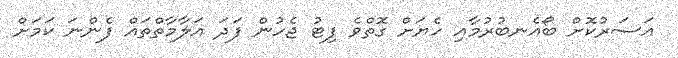
އަސަރުކޮށް ބޯއެނބުރުމާއި ހެޔަށް ގޮތްވެ ފިޓު ޖެހުން ފަދަ އަލާމާތްތައް ފެންނަ ކަމަށް